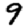
Digit: 9